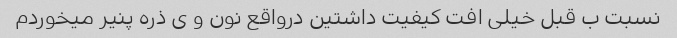
نسبت ب قبل خیلی افت کیفیت داشتین درواقع نون و ی ذره پنیر میخوردم